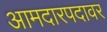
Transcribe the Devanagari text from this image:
आमदारपदावर